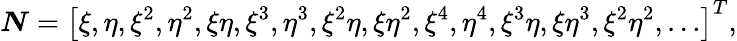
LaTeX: \boldsymbol{N}=\left[\xi,\eta,\xi^{2},\eta^{2},\xi\eta,\xi^{3},\eta^{3},\xi^{2}\eta,\xi\eta^{2},\xi^{4},\eta^{4},\xi^{3}\eta,\xi\eta^{3},\xi^{2}\eta^{2},\ldots\right]^{T},